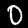
Digit: 0